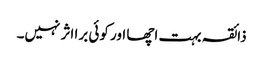
ذائقہ بہت اچھا اور کوئی برا اثر نہیں۔